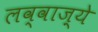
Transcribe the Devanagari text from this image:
लव्वाज़्ये